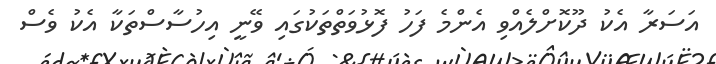
އަސަރާ އެކު ދޫކޮށްލެއްވި އެންމެ ފަހު ފޮޅުވަތްތަކުގައި ވޭނީ އިހުސާސްތަކާ އެކު ވެސް